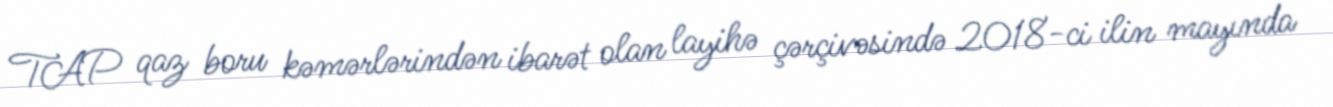
TAP qaz boru kəmərlərindən ibarət olan layihə çərçivəsində 2018-ci ilin mayında